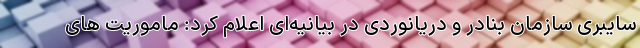
سایبری سازمان بنادر و دریانوردی در بیانیه‌ای اعلام کرد: ماموریت هاى